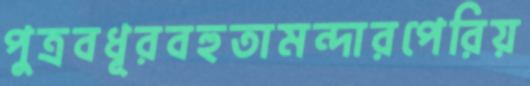
পুত্রবধূরবহুতামন্দারপেরিয়